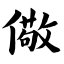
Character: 儆